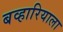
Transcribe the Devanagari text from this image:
बव्हारियाला